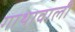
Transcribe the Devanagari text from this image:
गाथावाली